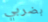
بضربي